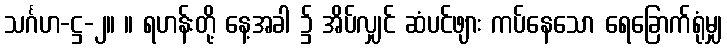
သင်္ဂဟ-ဋ္ဌ-၂။ ။ ရဟန်းတို့ နေ့အခါ ၌ အိပ်လျှင် ဆံပင်ဖျား ကပ်နေသော ရေခြောက်ရုံမျှ